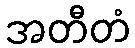
အတီတံ